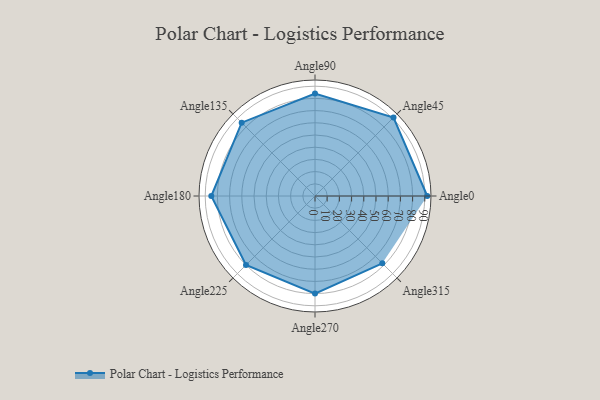
{"axis": {"x": "Angle", "y": "Radius"}, "legend": [""], "data": [{"x": "Angle0", "y": 92.0, "type": ""}, {"x": "Angle45", "y": 91.0, "type": ""}, {"x": "Angle90", "y": 84.0, "type": ""}, {"x": "Angle135", "y": 85.0, "type": ""}, {"x": "Angle180", "y": 85.0, "type": ""}, {"x": "Angle225", "y": 80.0, "type": ""}, {"x": "Angle270", "y": 80.0, "type": ""}, {"x": "Angle315", "y": 78.0, "type": ""}]}